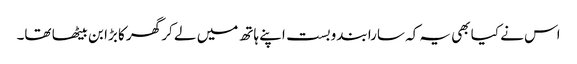
اس نے کیا بھی یہ کہ سارا بندوبست اپنے ہاتھ میں لے کر گھر کا بڑا بن بیٹھا تھا۔